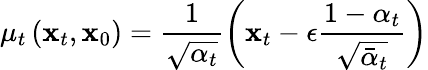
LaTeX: {\mu}_{t}\left(\mathbf{x}_{t},\mathbf{x}_{0}\right)=\frac{1}{\sqrt{\alpha_{t}}}\left(\mathbf{x}_{t}-\epsilon\frac{1-\alpha_{t}}{\sqrt{\bar{\alpha}_{t}}}\right)